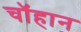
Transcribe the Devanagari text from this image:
चॉहान